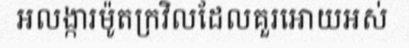
អលង្ការម៉ូតក្រវិលដែលគួរអោយអស់